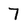
Character: 7